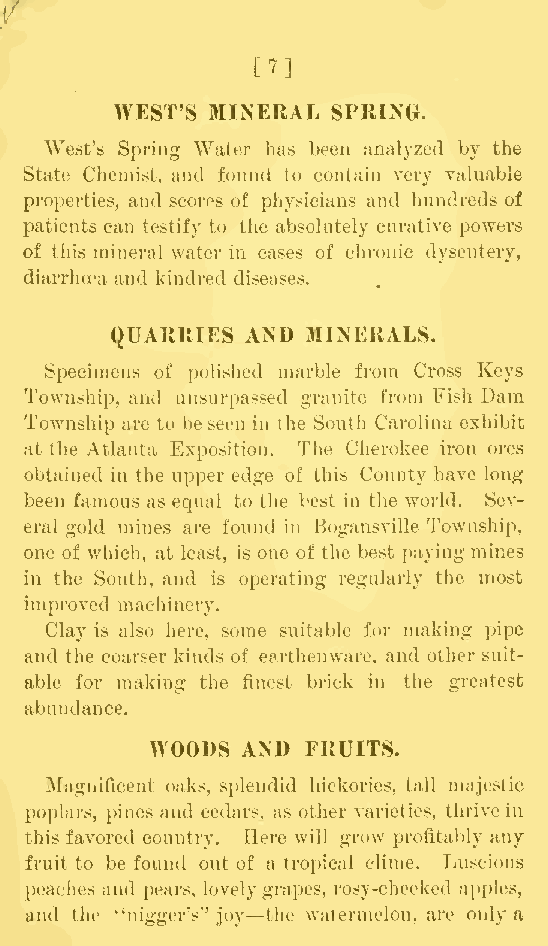
m
 WEST'S MINERAL SPRING.
 West's Spring Water has been analyzed by the
 State Chemist, and found to contain very valuable
 properties, and scores of physicians and hundreds of
 patients can testify to the absolutely curative powers
 of this mineral water in cases of chronic dysentery,
 diarrhoea and kindred diseases.
 QUARRIES AND MINERALS.
 Specimens of polished marble from Cross Keys
 Township, and unsurpassed granite from Fish Dam
 Township are to be seen in the South Carolina exhibit
 at the Atlanta Exposition. The Cherokee iron ores
 obtained in the upper edge of this County have long
 been famous as equal to the best in the world. Sev-
 eral gold mines are found in Bogansville Township,
 one of which, at least, is one of the best paying mines
 in the South, and is operating regularly the most
 improved machinery.
 Clay is also here, some suitable for making pipe
 and the coarser kinds of earthenware, and other suit-
 able for making the finest brick in the greatest
 abundance.
 WOODS AND FRUITS.
 Magnificent oaks, splendid hickories, tall majestic
 poplars, pines and cedars, as other varieties, thrive in
 this favored country. Here will grow profitably any
 fruit to be found out of a tropical clime. Luscious
 peaches and pears, lovelygrapes, rosy-cheeked apples,
 —
 and the "nigger's'' joy the watermelon, are only a